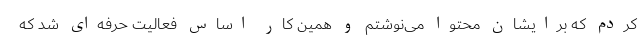
کردم که برایشان محتوا می‌نوشتم و همین کار اساس فعالیت حرفه‌ای شد که